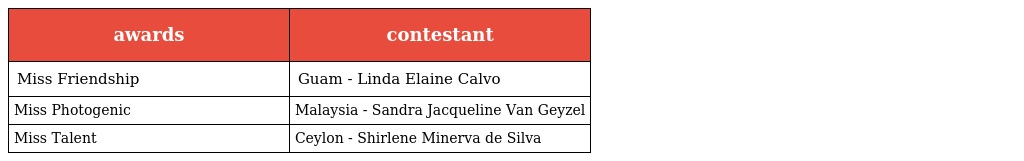
| awards | contestant |
 | --- | --- |
 | Miss Friendship | Guam - Linda Elaine Calvo |
 | Miss Photogenic | Malaysia - Sandra Jacqueline Van Geyzel |
 | Miss Talent | Ceylon - Shirlene Minerva de Silva |